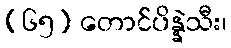
(၆၅) တောင်ပိန္နဲသီး၊